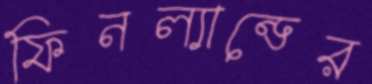
ফিনল্যান্ডের